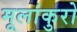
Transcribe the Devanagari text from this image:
मूलांकुरो